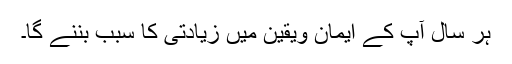
ہر سال آپ کے ایمان ویقین میں زیادتی کا سبب بننے گا۔